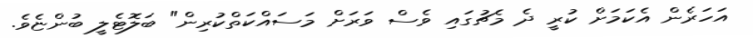
އަހަރެން އެކަމަށް ކުރީ ދެ މެޗުގައި ވެސް ވަރަށް މަސައްކަތްކުރިން" ބަލޮޓެލީ ބުންޏެވެ.